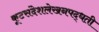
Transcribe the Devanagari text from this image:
कूटसंदेशलेखनपद्धती